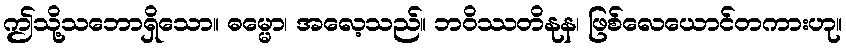
ဤသို့သဘောရှိသော။ ဓမ္မော၊ အလေ့သည်။ ဘဝိဿတိနုန၊ ဖြစ်လေယောင်တကားဟု။